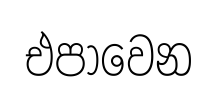
එපාවෙන